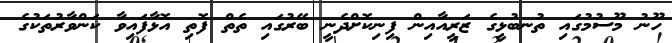
ހޫނު މޫސުމުގައި ތުނބުޅީގެ ޒަރީއާއިން ފިނިކޮށްދެނީ ބޭރުގައި ތެތް ފޮތި އޮޅާފައިވާ ކަންވާރުތަކުގެ